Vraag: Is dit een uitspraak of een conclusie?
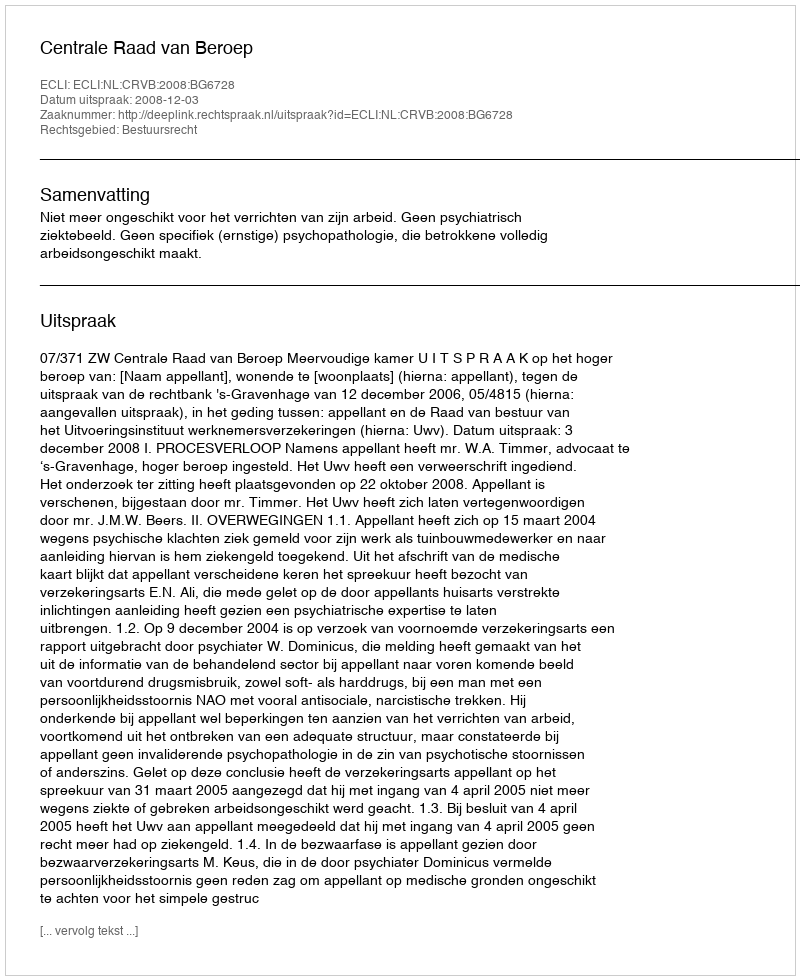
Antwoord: Uitspraak